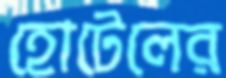
হোটেলের